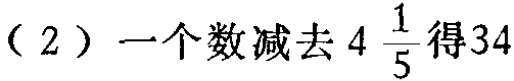
（2）一个数减去\(4\frac{1}{5}\)得\(34\)